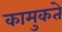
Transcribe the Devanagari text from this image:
कामुकते